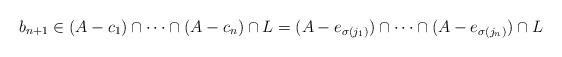
LaTeX: \begin{align*}b_{n+1}\in(A -c_1) \cap \cdots \cap (A- c_n) \cap L=(A -e_{\sigma(j_1)}) \cap \cdots \cap (A- e_{\sigma(j_n)}) \cap L\end{align*}